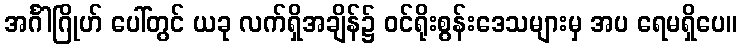
အင်္ဂါဂြိုဟ် ပေါ်တွင် ယခု လက်ရှိအချိန်၌ ဝင်ရိုးစွန်းဒေသများမှ အပ ရေမရှိပေ။